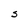
Character: S